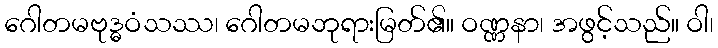
ဂေါတမဗုဒ္ဓဝံသဿ၊ ဂေါတမဘုရားမြတ်၏။ ဝဏ္ဏနာ၊ အဖွင့်သည်။ ဝါ၊